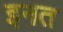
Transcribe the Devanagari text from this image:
इनत